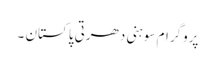
پروگرام سوہنی دھرتی پاکستان ۔